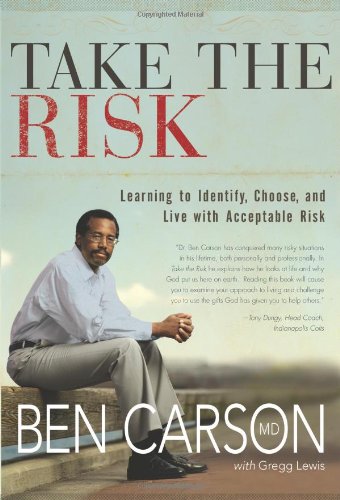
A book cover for Take the Risk: Learning to Identify, Choose, and Live with Acceptable Risk; Ben Carson  M.D.; Health, Fitness & Dieting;